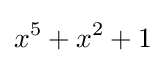
x^{5}+x^{2}+1